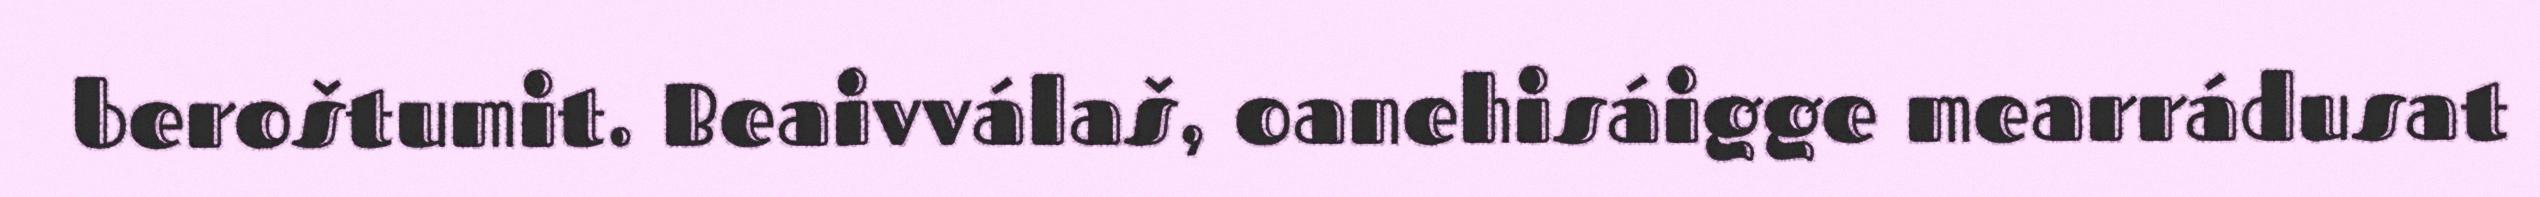
beroštumit. Beaivválaš, oanehisáigge mearrádusat